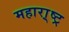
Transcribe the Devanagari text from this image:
महारा़्ष्ट्र